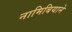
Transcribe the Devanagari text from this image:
नामिबियाने